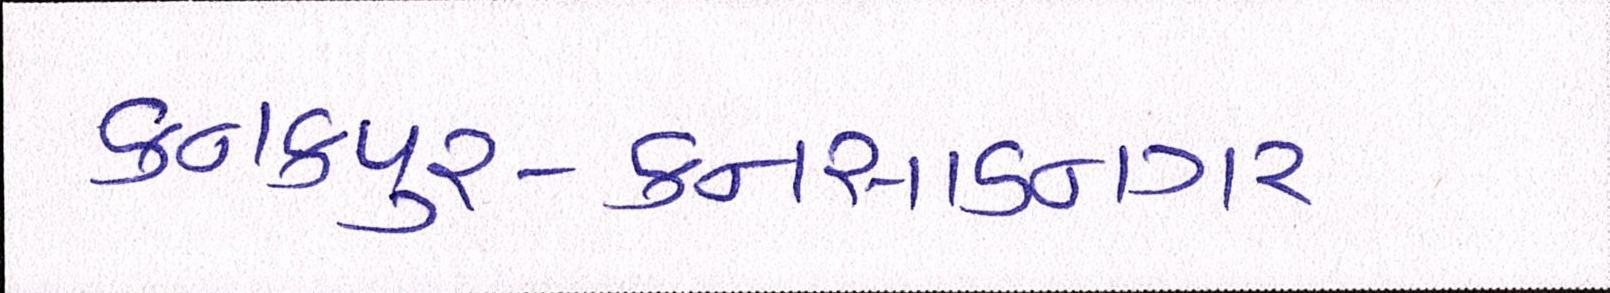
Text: કનકપુર-કનસાડનગર